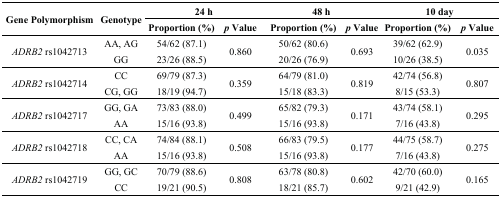
| <ROWSPAN=2> Gene Polymorphism | <ROWSPAN=2> Genotype | <COLSPAN=2> 24 h | <COLSPAN=2> 48 h | <COLSPAN=2> 10 day |
 | Proportion (%) | p Value | Proportion (%) | p Value | Proportion (%) | p Value |
 | --- | --- | --- | --- | --- | --- | --- | --- |
 | <ROWSPAN=2> ADRB2 rs1042713 | AA, AG | 54/62 (87.1) | <ROWSPAN=2> 0.860 | 50/62 (80.6) | <ROWSPAN=2> 0.693 | 39/62 (62.9) | <ROWSPAN=2> 0.035 |
 | GG | 23/26 (88.5) | 20/26 (76.9) | 10/26 (38.5) |
 | <ROWSPAN=2> ADRB2 rs1042714 | CC | 69/79 (87.3) | <ROWSPAN=2> 0.359 | 64/79 (81.0) | <ROWSPAN=2> 0.819 | 42/74 (56.8) | <ROWSPAN=2> 0.807 |
 | CG, GG | 18/19 (94.7) | 15/18 (83.3) | 8/15 (53.3) |
 | <ROWSPAN=2> ADRB2 rs1042717 | GG, GA | 73/83 (88.0) | <ROWSPAN=2> 0.499 | 65/82 (79.3) | <ROWSPAN=2> 0.171 | 43/74 (58.1) | <ROWSPAN=2> 0.295 |
 | AA | 15/16 (93.8) | 15/16 (93.8) | 7/16 (43.8) |
 | <ROWSPAN=2> ADRB2 rs1042718 | CC, CA | 74/84 (88.1) | <ROWSPAN=2> 0.508 | 66/83 (79.5) | <ROWSPAN=2> 0.177 | 44/75 (58.7) | <ROWSPAN=2> 0.275 |
 | AA | 15/16 (93.8) | 15/16 (93.8) | 7/16 (43.8) |
 | <ROWSPAN=2> ADRB2 rs1042719 | GG, GC | 70/79 (88.6) | <ROWSPAN=2> 0.808 | 63/78 (80.8) | <ROWSPAN=2> 0.602 | 42/70 (60.0) | <ROWSPAN=2> 0.165 |
 | CC | 19/21 (90.5) | 18/21 (85.7) | 9/21 (42.9) |